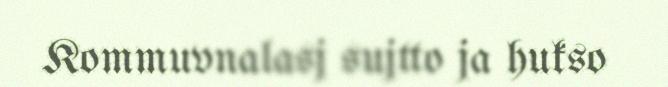
Kommuvnalasj sujtto ja hukso